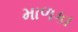
માળકા